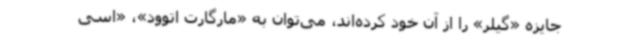
جایزه «گیلر» را از آن خود کرده‌اند، می‌توان به «مارگارت اتوود»، «اسی